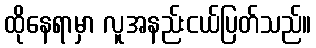
ထိုနေရာမှာ လူအနည်းငယ်ပြတ်သည်။